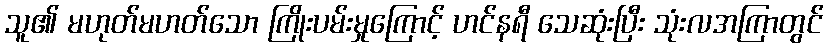
သူ၏ မဟုတ်မဟတ်သော ကြိုးပမ်းမှုကြောင့် ဟင်နရီ သေဆုံးပြီး သုံးလအကြာတွင်